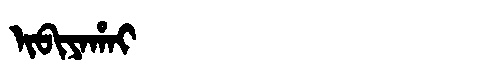
Manchu: ᡳᠪᡳᠶᠠᡥᠠᡳ
Romanization: IBIYAHAI